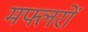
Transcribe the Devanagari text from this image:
मफ्लरों